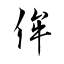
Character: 侔